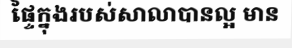
ផ្ទៃក្នុងរបស់សាលាបានល្អ មាន